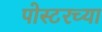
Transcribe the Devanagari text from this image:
पोस्टरच्या